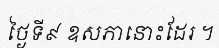
ថ្ងៃទី៩ ឧសភានោះដែរ ។